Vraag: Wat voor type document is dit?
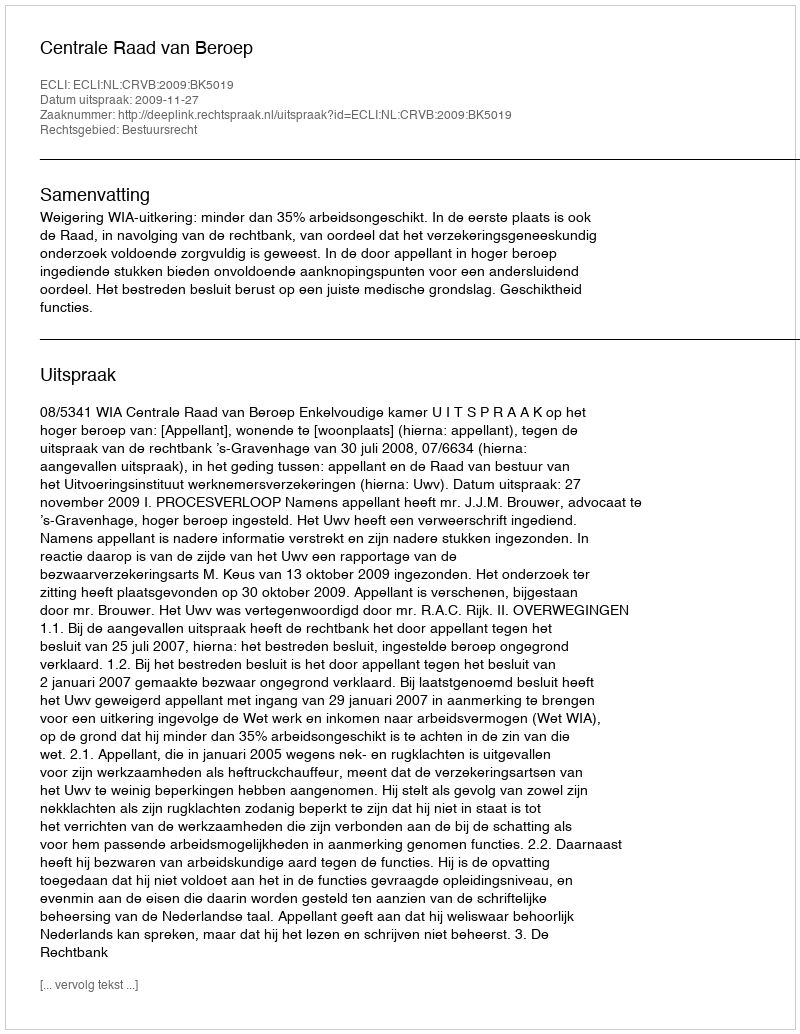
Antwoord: Uitspraak